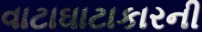
વાટાઘાટાકારની